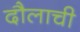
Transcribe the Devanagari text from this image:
दौलाची